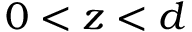
0 < z < d